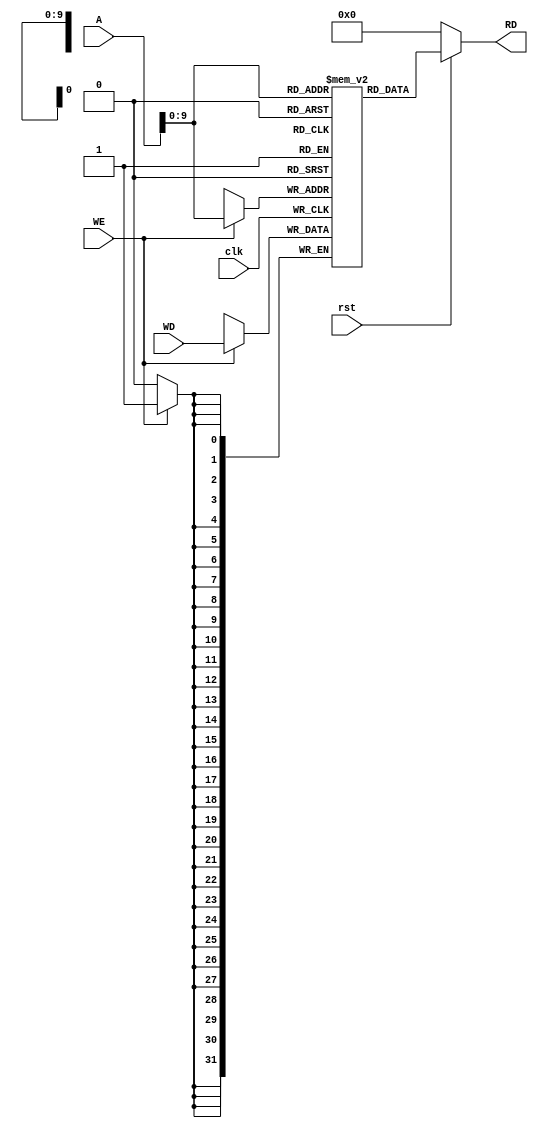
module data_memory(A,clk,rst,WE,WD,RD);

    input clk,WE,rst;
    input [31:0] A,WD;


    output [31:0] RD;

    //Creating the memory
    reg [31:0] Data_Mem [1023:0];

    //Read
    //assign RD = (WE == 1'b0) ? Data_Mem[A] : 32'h00000000;
    assign RD = (~rst) ? 32'd0 : Data_Mem[A];

    //Write
    always @(posedge clk) begin

            if (WE) begin
                Data_Mem[A] <= WD;
            end
    end

    initial begin
        //final result RD in data memory is 0000001c = 28 
    //    Data_Mem[28] = 32'h00000020;
     //   Data_Mem[72] = 32'h00000002;
    end
endmodule